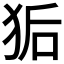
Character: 𮳽